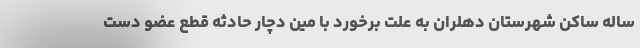
ساله ساکن شهرستان دهلران به علت برخورد با مین دچار حادثه قطع عضو دست